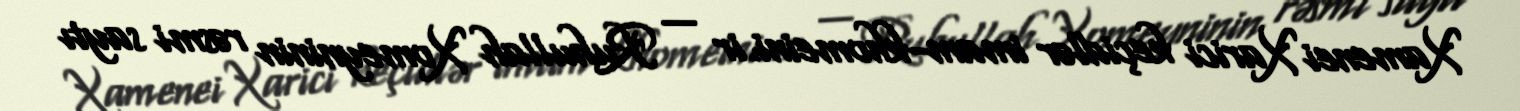
Xamenei Xarici keçidlər imam-khomeini.ir — Ruhullah Xomeyninin rəsmi saytı